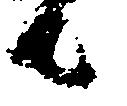
者